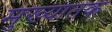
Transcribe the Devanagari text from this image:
मुख्यातक